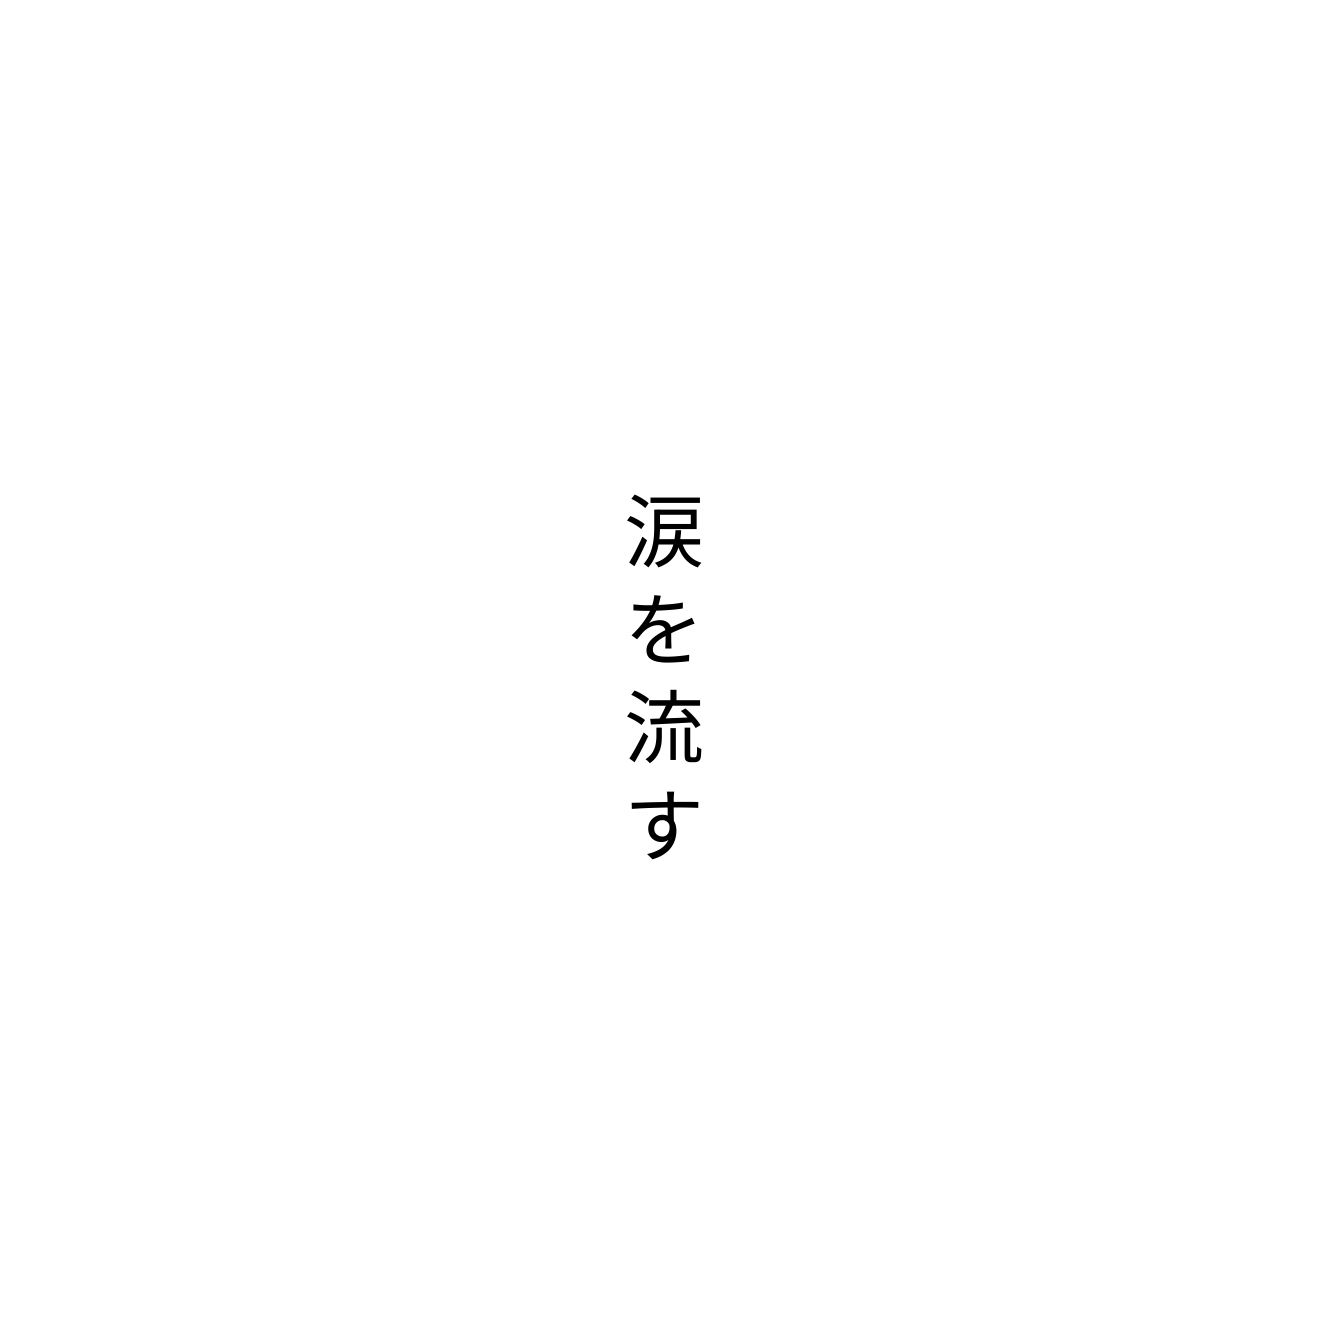
涙を流す